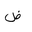
Letter: _dad